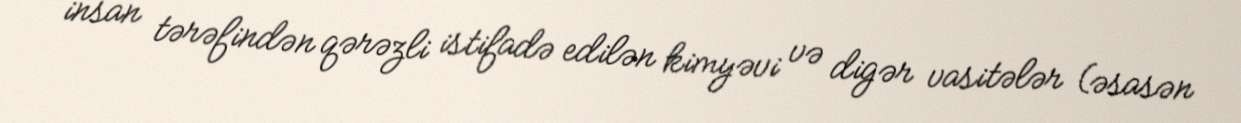
insan tərəfindən qərəzli istifadə edilən kimyəvi və digər vasitələr (əsasən